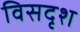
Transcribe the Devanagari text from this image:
विसदृश